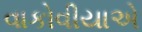
વાકોવીયાએ